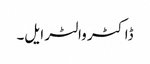
ڈاکٹر والٹر ایل۔